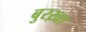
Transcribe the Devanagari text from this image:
बुरख़ा